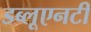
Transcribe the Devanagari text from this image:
डब्लूएनटी